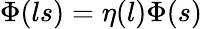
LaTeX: \Phi(ls)=\eta(l)\Phi(s)